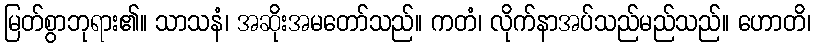
မြတ်စွာဘုရား၏။ သာသနံ၊ အဆိုးအမတော်သည်။ ကတံ၊ လိုက်နာအပ်သည်မည်သည်။ ဟောတိ၊